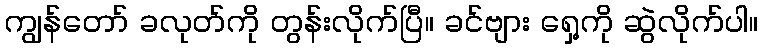
ကျွန်တော် ခလုတ်ကို တွန်းလိုက်ပြီ။ ခင်ဗျား ရှေ့ကို ဆွဲလိုက်ပါ။